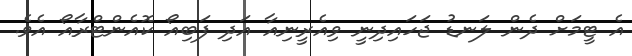
އެ ޓީމަށް ދެން ލަނޑު ޖަހައިދިނީ ވިއެރީނިއާ އަދި ފަބިއޯ ކޮއެންޓްރާއޯ އެވެ.